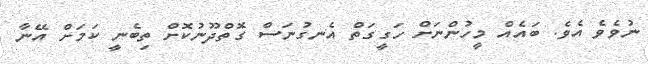
ނުވެވެ އެވެ. ބައެއް މީހުންނަށް ހަގީގަތް އެނގުނަސް ގޮތްދޫނުކޮށް ތިބެނީ ކަމަށް އޭނާ